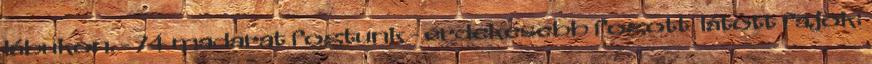
lábukon. - 74 madarat fogtunk - érdekesebb fogott látott fajok: